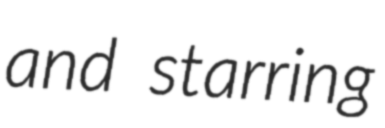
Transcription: and starring